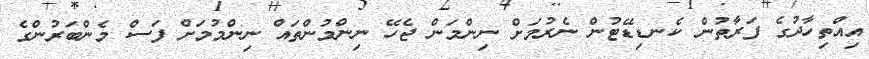
އިއްތިހާދުގެ ފަރާތުން ކެނޑިޑޭޓުން ނެރުމަށް ނިންމަން ޖެހޭ ނިންމުންތައް ނިންމުމަށް ފަސް މެންބަރުންގެ